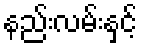
နည်းလမ်းနှင့်